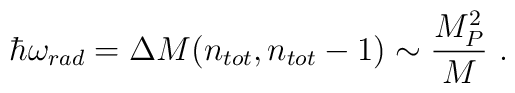
\hbar \omega_{rad} = \Delta M(n_{tot},n_{tot}-1) \sim\frac{M_{P}^{2}}{M} ~.